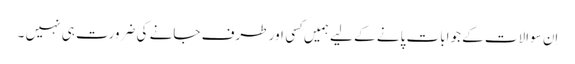
اِن سوالات کے جوابات پانے کے لیے ہمیں کِسی اور طرف جانے کی ضرورت ہی نہیں ۔